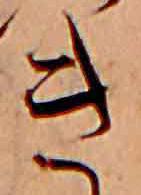
き